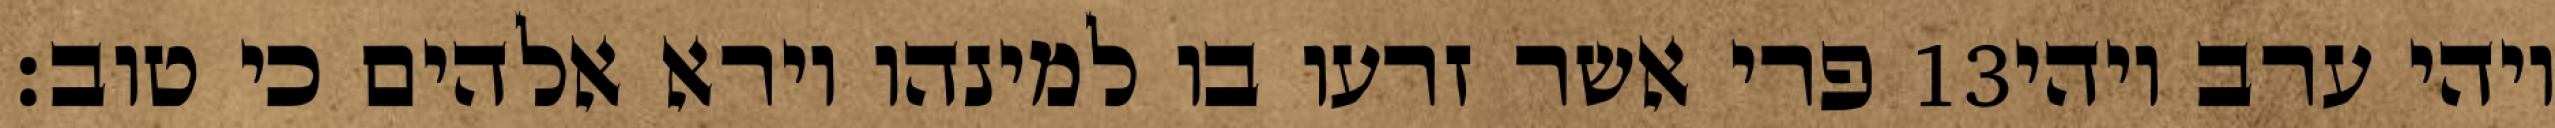
פרי אשר זרעו בו למינהו וירא אלהים כי טוב׃ ‎13‏ ויהי ערב ויהי